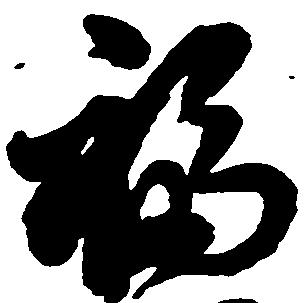
福